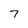
Character: 7